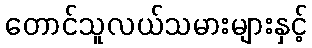
တောင်သူလယ်သမားများနှင့်